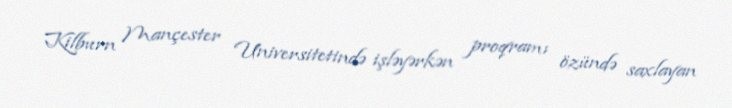
Kilburn Mançester Universitetində işləyərkən proqramı özündə saxlayan